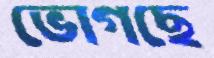
ভোগছে